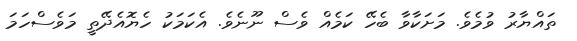
ތައްޔާރު ވުމެވެ. މަށަކާވާ ބެހޭ ކަމެއް ވެސް ނޫނެވެ. އެކަމަކު ހެޔޮއެދޭތީ މަވެސްހަމަ